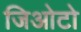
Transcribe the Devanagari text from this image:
जिओटो